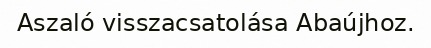
Aszaló visszacsatolása Abaújhoz.